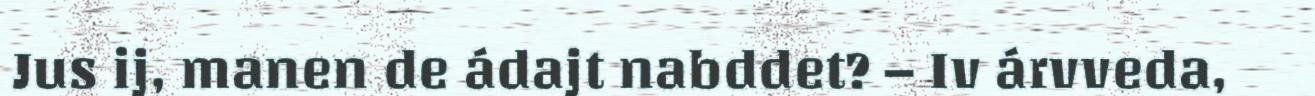
Jus ij, manen de ádajt nabddet? – Iv árvveda,